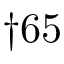
\dagger 6 5